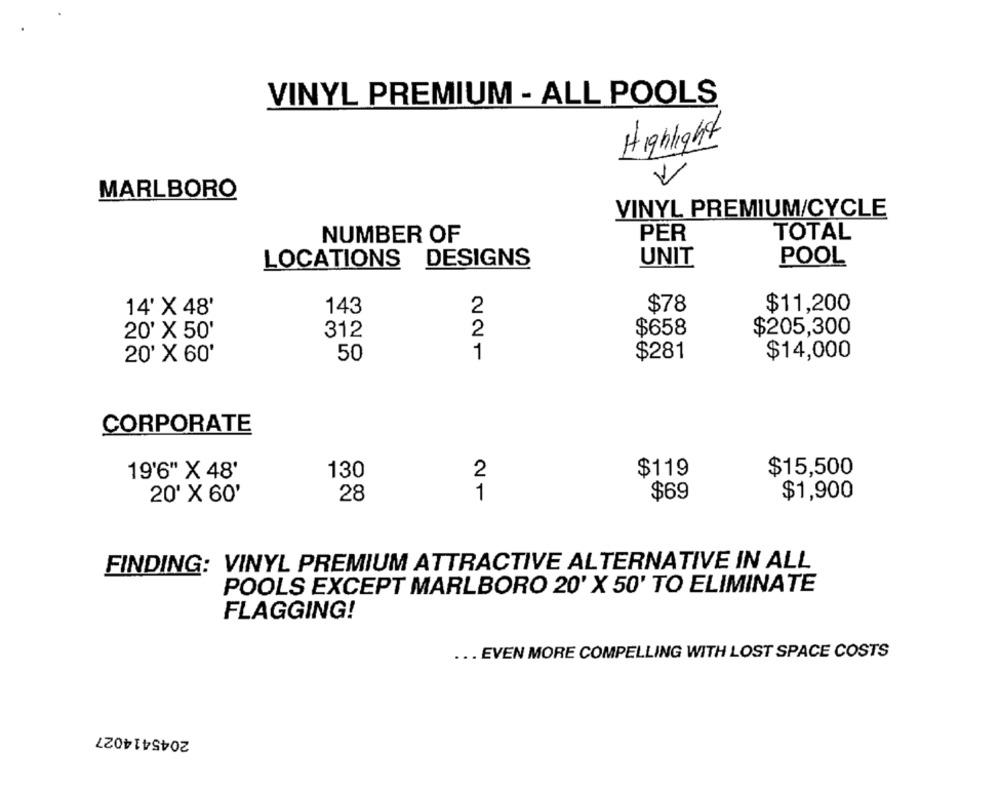
VINYL PREMIUM - ALL POOLS
Highlight
MARLBORO
VINYL PREMIUM/CYCLE
PER
TOTAL
NUMBER OF
UNIT
POOL
LOCATIONS
DESIGNS
2
$78
$11,200
14' X 48'
143
312
2
$658
$205,300
20' X 50'
50
1
$281
$14,000
20' X 60'
CORPORATE
19'6" X 48'
130
2
$119
$15,500
20' X 60'
28
1
$69
$1,900
FINDING: VINYL PREMIUM ATTRACTIVE ALTERNATIVE IN ALL
POOLS EXCEPT MARLBORO 20' X 50' TO ELIMINATE
FLAGGING!
... EVEN MORE COMPELLING WITH LOST SPACE COSTS
2045414027